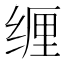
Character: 𱺦